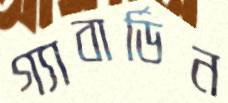
গ্যাবার্ডিন